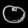
Digit: ၀